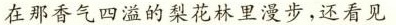
在那香气四溢的梨花林里漫步，还看见